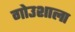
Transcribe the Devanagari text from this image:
गोउशाला